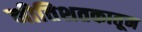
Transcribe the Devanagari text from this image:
नीतिशतकातून